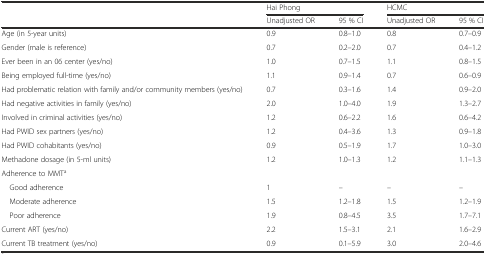
<table><thead><tr><td></td><td colspan="2"><b>Hai Phong</b></td><td colspan="2"><b>HCMC</b></td></tr><tr><td></td><td><b>Unadjusted OR</b></td><td><b>95 % CI</b></td><td><b>Unadjusted OR</b></td><td><b>95 % CI</b></td></tr></thead><tbody><tr><td>Age (in 5-year units)</td><td>0.9</td><td>0.8–1.0</td><td>0.8</td><td>0.7–0.9</td></tr><tr><td>Gender (male is reference)</td><td>0.7</td><td>0.2–2.0</td><td>0.7</td><td>0.4–1.2</td></tr><tr><td>Ever been in an 06 center (yes/no)</td><td>1.0</td><td>0.7–1.5</td><td>1.1</td><td>0.8–1.5</td></tr><tr><td>Being employed full-time (yes/no)</td><td>1.1</td><td>0.9–1.4</td><td>0.7</td><td>0.6–0.9</td></tr><tr><td>Had problematic relation with family and/or community members (yes/no)</td><td>0.7</td><td>0.3–1.6</td><td>1.4</td><td>0.9–2.0</td></tr><tr><td>Had negative activities in family (yes/no)</td><td>2.0</td><td>1.0–4.0</td><td>1.9</td><td>1.3–2.7</td></tr><tr><td>Involved in criminal activities (yes/no)</td><td>1.2</td><td>0.6–2.2</td><td>1.6</td><td>0.6–4.2</td></tr><tr><td>Had PWID sex partners (yes/no)</td><td>1.2</td><td>0.4–3.6</td><td>1.3</td><td>0.9–1.8</td></tr><tr><td>Had PWID cohabitants (yes/no)</td><td>0.9</td><td>0.5–1.9</td><td>1.7</td><td>1.0–3.0</td></tr><tr><td>Methadone dosage (in 5-ml units)</td><td>1.2</td><td>1.0–1.3</td><td>1.2</td><td>1.1–1.3</td></tr><tr><td colspan="5">Adherence to MMT<sup>a</sup></td></tr><tr><td> Good adherence</td><td>1</td><td>–</td><td>–</td><td>–</td></tr><tr><td> Moderate adherence</td><td>1.5</td><td>1.2–1.8</td><td>1.5</td><td>1.2–1.9</td></tr><tr><td> Poor adherence</td><td>1.9</td><td>0.8–4.5</td><td>3.5</td><td>1.7–7.1</td></tr><tr><td>Current ART (yes/no)</td><td>2.2</td><td>1.5–3.1</td><td>2.1</td><td>1.6–2.9</td></tr><tr><td>Current TB treatment (yes/no)</td><td>0.9</td><td>0.1–5.9</td><td>3.0</td><td>2.0–4.6</td></tr></tbody></table>